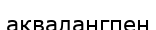
аквалангпен